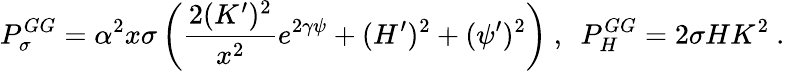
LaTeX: P_{\sigma}^{GG}=\alpha^{2}x\sigma\left(\frac{2(K^{\prime})^{2}}{x^{2}}e^{2\gamma\psi}+(H^{\prime})^{2}+(\psi^{\prime})^{2}\right)\ ,\ \ P_{H}^{GG}=2\sigma HK^{2}\ .